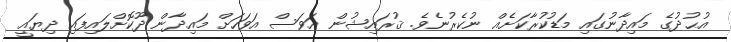
އުޙުދުގެ މައިދާނުގައި މަޑުކުރާކަށެއް ނުކެރުނެވެ. ޤުރައިޝުން އަވަސް އަވަހަށް މައިދާން ދޫކޮށްލައިފައި ދިޔައީ